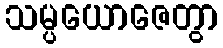
သမ္ပယောဇေတွာ